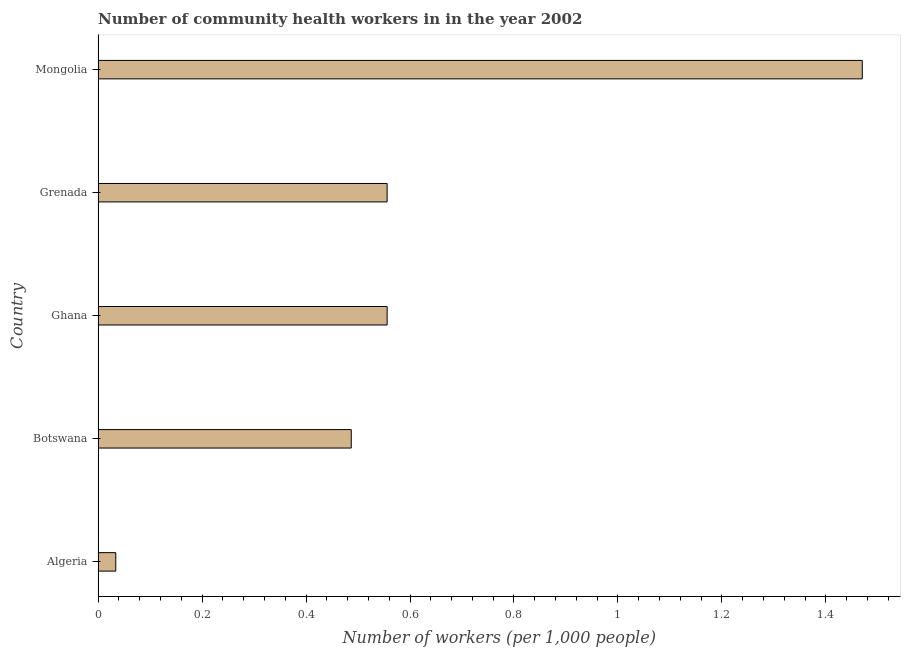
| Country | Community health workers |
 | --- | --- |
 | Algeria | 0.034 |
 | Botswana | 0.487 |
 | Ghana | 0.556 |
 | Grenada | 0.556 |
 | Mongolia | 1.47 |